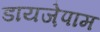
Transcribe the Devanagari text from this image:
डायजे़पाम